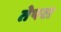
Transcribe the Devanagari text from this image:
तेपरा